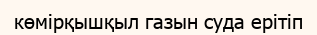
көмірқышқыл газын суда ерітіп